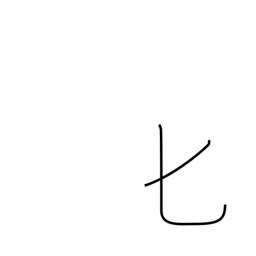
Meaning: spoon or katakana hi radical (no. 21)